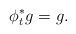
\begin{align*}\phi_{t}^{\ast} g = g.\end{align*}